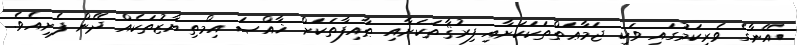
އޭނާގެ ވެރިކަމުގައި ވަކި ޖަމާޢަތްތަކަކަށާއި ފިރުޤާތަކަށާއި ޠާއިފާތަކަށް ޚާއްޞަ އިމްތިޔާޒުތަކެއް ދޭން ފެށިއެވެ.